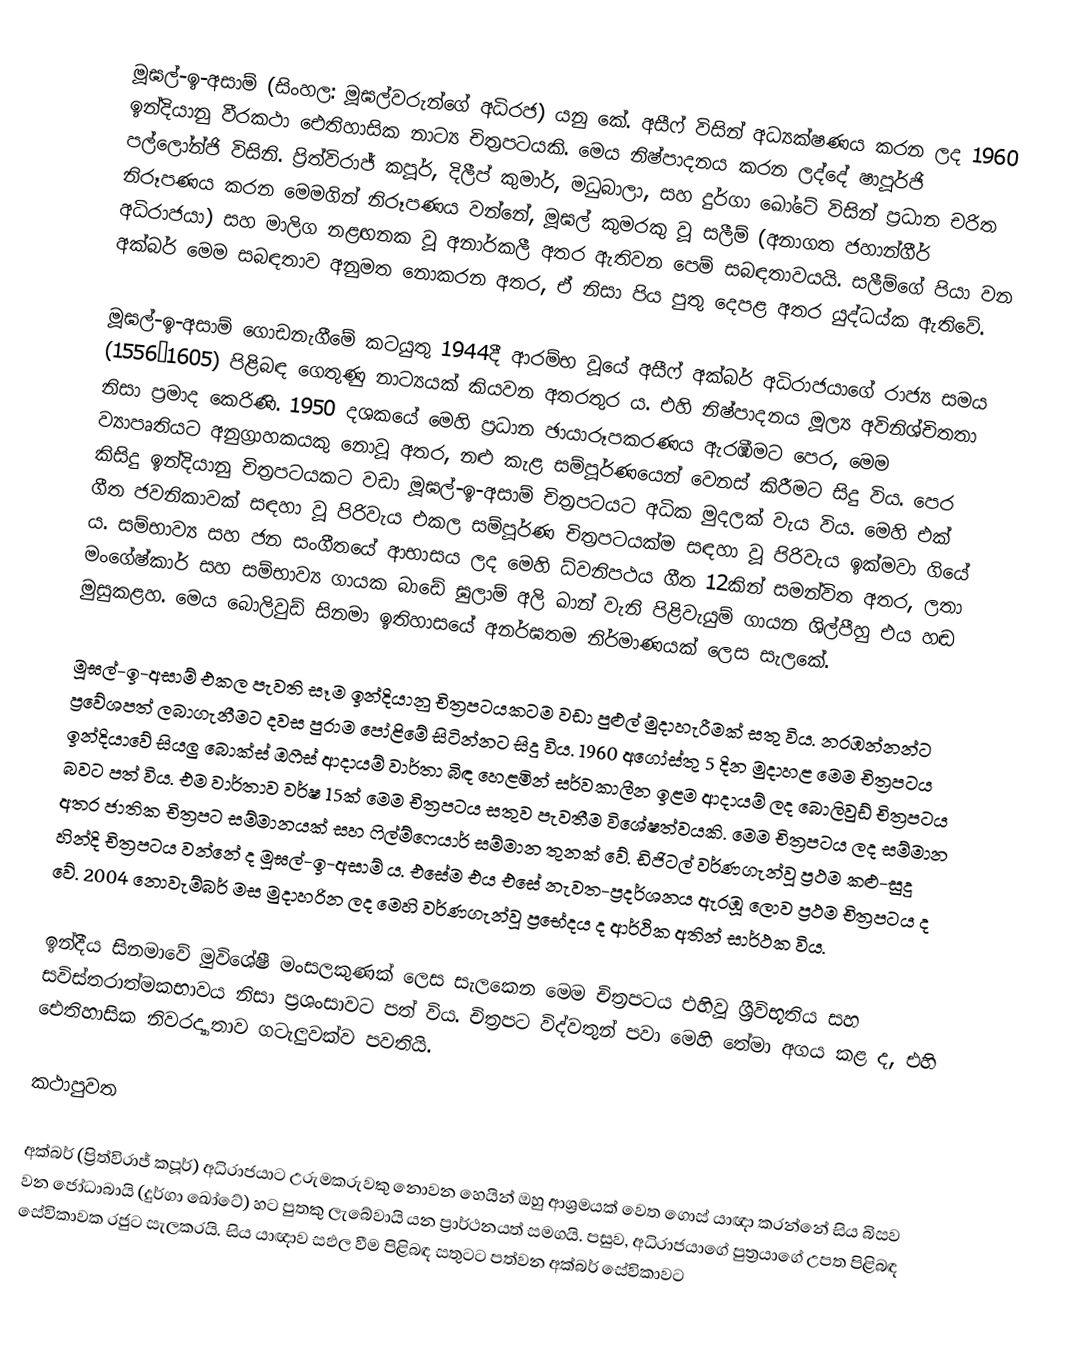
මූඝල්-ඉ-අසාම් (සිංහල: මූඝල්වරුන්ගේ අධිරජ) යනු කේ. අසීෆ් විසින් අධ්‍යක්ෂණය කරන ලද 1960 ඉන්දියානු වීරකථා ඓතිහාසික නාට්‍ය චිත්‍රපටයකි. මෙය නිෂ්පාදනය කරන ලද්දේ ෂාපූර්ජි පල්ලෝන්ජි විසිනි. ප්‍රිත්විරාජ් කපූර්, දිලීප් කුමාර්, මධුබාලා, සහ දුර්ගා ඛෝටේ විසින් ප්‍රධාන චරිත නිරූපණය කරන මෙමගින් නිරූපණය වන්නේ, මූඝල් කුමරකු වූ සලීම් (අනාගත ජහාන්ගීර් අධිරාජයා) සහ මාලිග නළඟනක වූ අනාර්කලී අතර ඇතිවන පෙම් සබඳතාවයයි. සලීම්ගේ පියා වන අක්බර් මෙම සබඳතාව අනුමත නොකරන අතර, ඒ නිසා පිය පුතු දෙපළ අතර යුද්ධය්ක ඇතිවේ.

මූඝල්-ඉ-අසාම් ගොඩනැගීමේ කටයුතු 1944දී ආරම්භ වූයේ අසීෆ් අක්බර් අධිරාජයාගේ රාජ්‍ය සමය (1556–1605) පිළිබඳ ගෙතුණු නාට්‍යයක් කියවන අතරතුර ය. එහි නිෂ්පාදනය මූල්‍ය අවිනිශ්චිතතා නිසා ප්‍රමාද කෙරිණි. 1950 දශකයේ මෙහි ප්‍රධාන ඡායාරූපකරණය ඇරඹීමට පෙර, මෙම ව්‍යාපෘතියට අනුග්‍රාහකයකු නොවූ අතර, නළු කැළ සම්පූර්ණයෙන් වෙනස් කිරීමට සිදු විය. පෙර කිසිදු ඉන්දියානු චිත්‍රපටයකට වඩා මූඝල්-ඉ-අසාම් චිත්‍රපටයට අධික මුදලක් වැය විය. මෙහි එක් ගීත ජවනිකාවක් සඳහා වූ පිරිවැය එකල සම්පූර්ණ චිත්‍රපටයක්ම සඳහා වූ පිරිවැය ඉක්මවා ගියේ ය. සම්භාව්‍ය සහ ජන සංගීතයේ ආභාසය ලද මෙහි ධ්වනිපථය ගීත 12කින් සමන්විත අතර, ලතා මංගේෂ්කාර් සහ සම්භාව්‍ය ගායක බා‍ඩේ ඝුලාම් අලි ඛාන් වැනි පිළිවැයුම් ගායන ශිල්පීහු එය හඬ මුසුකළහ. මෙය බොලිවුඩ් සිනමා ඉතිහාසයේ අනර්ඝතම නිර්මාණයක් ලෙස සැලකේ.

මූඝල්-ඉ-අසාම් එකල පැවති සෑම ඉන්දියානු චිත්‍රපටයකටම වඩා පුළුල් මුදාහැරීමක් සතු විය. නරඹන්නන්ට ප්‍රවේශපත් ලබාගැනීමට දවස පුරාම පෝළිමේ සිටින්නට සිදු විය. 1960 අගෝස්තු 5 දින මුදාහළ මෙම චිත්‍රපටය ඉන්දියාවේ සියලු බොක්ස් ඔෆීස් ආදායම් වාර්තා බිඳ හෙළමින් සර්වකාලීන ඉළම ආදායම් ලද බොලිවුඩ් චිත්‍රපටය බවට පත් විය. එම වාර්තාව වර්ෂ 15ක් මෙම චිත්‍රපටය සතුව පැවතීම විශේෂත්වයකි. මෙම චිත්‍රපටය ලද සම්මාන අතර ජාතික චිත්‍රපට සම්මානයක් සහ ෆිල්ම්ෆෙයාර් සම්මාන තුනක් වේ. ඩිජිටල් වර්ණගැන්වූ ප්‍රථම කළු-සුදු හින්දි චිත්‍රපටය වන්නේ ද මූඝල්-ඉ-අසාම් ය. එසේම එය එසේ නැවත-ප්‍රදර්ශනය ඇරඹූ ලොව ප්‍රථම චිත්‍රපටය ද වේ. 2004 නොවැම්බර් මස මුදාහරින ලද මෙහි වර්ණගැන්වූ ප්‍රභේදය ද ආර්ථික අතින් සාර්ථක විය.

ඉන්දීය සිනමාවේ මුවිශේෂී මංසලකුණක් ලෙස සැලකෙන මෙම චිත්‍රපටය එහිවූ ශ්‍රීවිභූතිය සහ සවිස්තරාත්මකභාවය නිසා ප්‍රශංසාවට පත් විය. චිත්‍රපට විද්වතුන් පවා මෙහි තේමා අගය කළ ද, එහි ඓතිහාසික නිවරද්‍යාතාව ගටැලුවක්ව පවතියි.

කථාපුවත

අක්බර් (ප්‍රිත්විරාජ් කපූර්) අධිරාජයාට උරුමකරුවකු නොවන හෙයින් ඔහු ආශ්‍රමයක් වෙත ගොස් යාඥා කරන්නේ සිය බිසව වන ජෝධාබායි (දුර්ගා ඛෝටේ) හට පුතකු ලැබේවායි යන ප්‍රාර්ථනයත් සමගයි. පසුව, අධිරාජයාගේ පුත්‍රයාගේ උපත පිළිබඳ සේවිකාවක රජුට සැලකරයි. සිය යාඥාව සඵල වීම පිළිබඳ සතුටට පත්වන අක්බර් සේවිකාවට